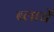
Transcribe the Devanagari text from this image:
ब्लाचें